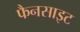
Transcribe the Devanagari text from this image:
फैनसाइट